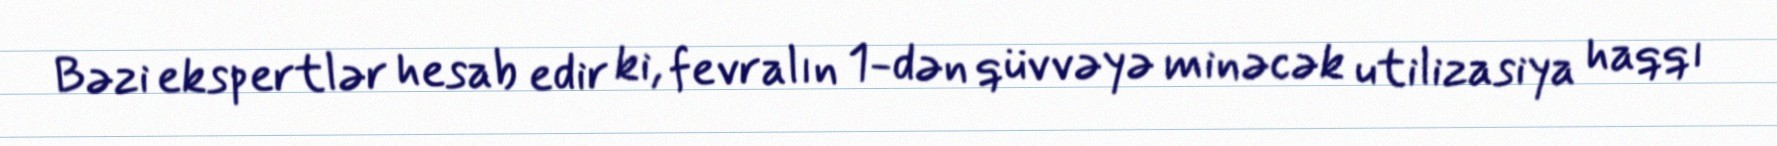
Bəzi ekspertlər hesab edir ki, fevralın 1-dən qüvvəyə minəcək utilizasiya haqqı